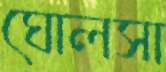
ঘোলসা